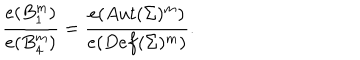
{ \frac { e ( B _ { 1 } ^ { m } ) } { e ( B _ { 4 } ^ { m } ) } } = { \frac { e ( A u t ( \Sigma ) ^ { m } ) } { e ( D e f ( \Sigma ) ^ { m } ) } } .